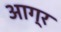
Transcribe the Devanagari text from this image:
आग्र